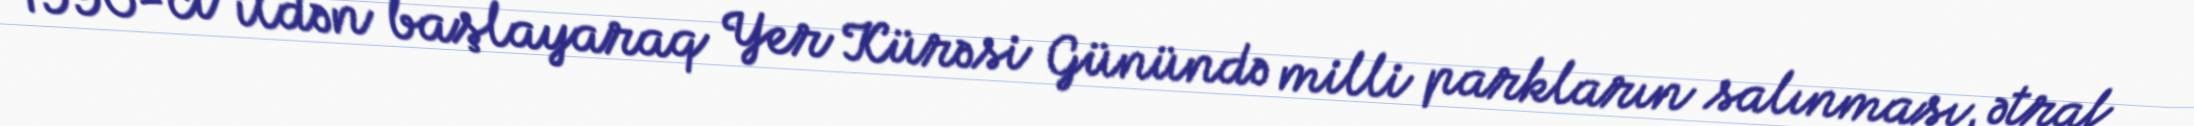
1990-cı ildən başlayaraq Yer Kürəsi Günündə milli parkların salınması, ətraf